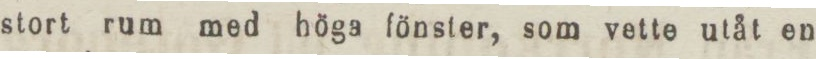
stort rum med höga fönster, som vette utåt en